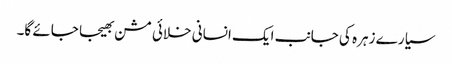
سیارے زہرہ کی جانب ایک انسانی خلائی مشن بھیجا جائے گا۔